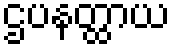
ဌပနတ္ထာယ